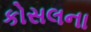
કોસલના